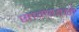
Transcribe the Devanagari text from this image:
सागरतळी